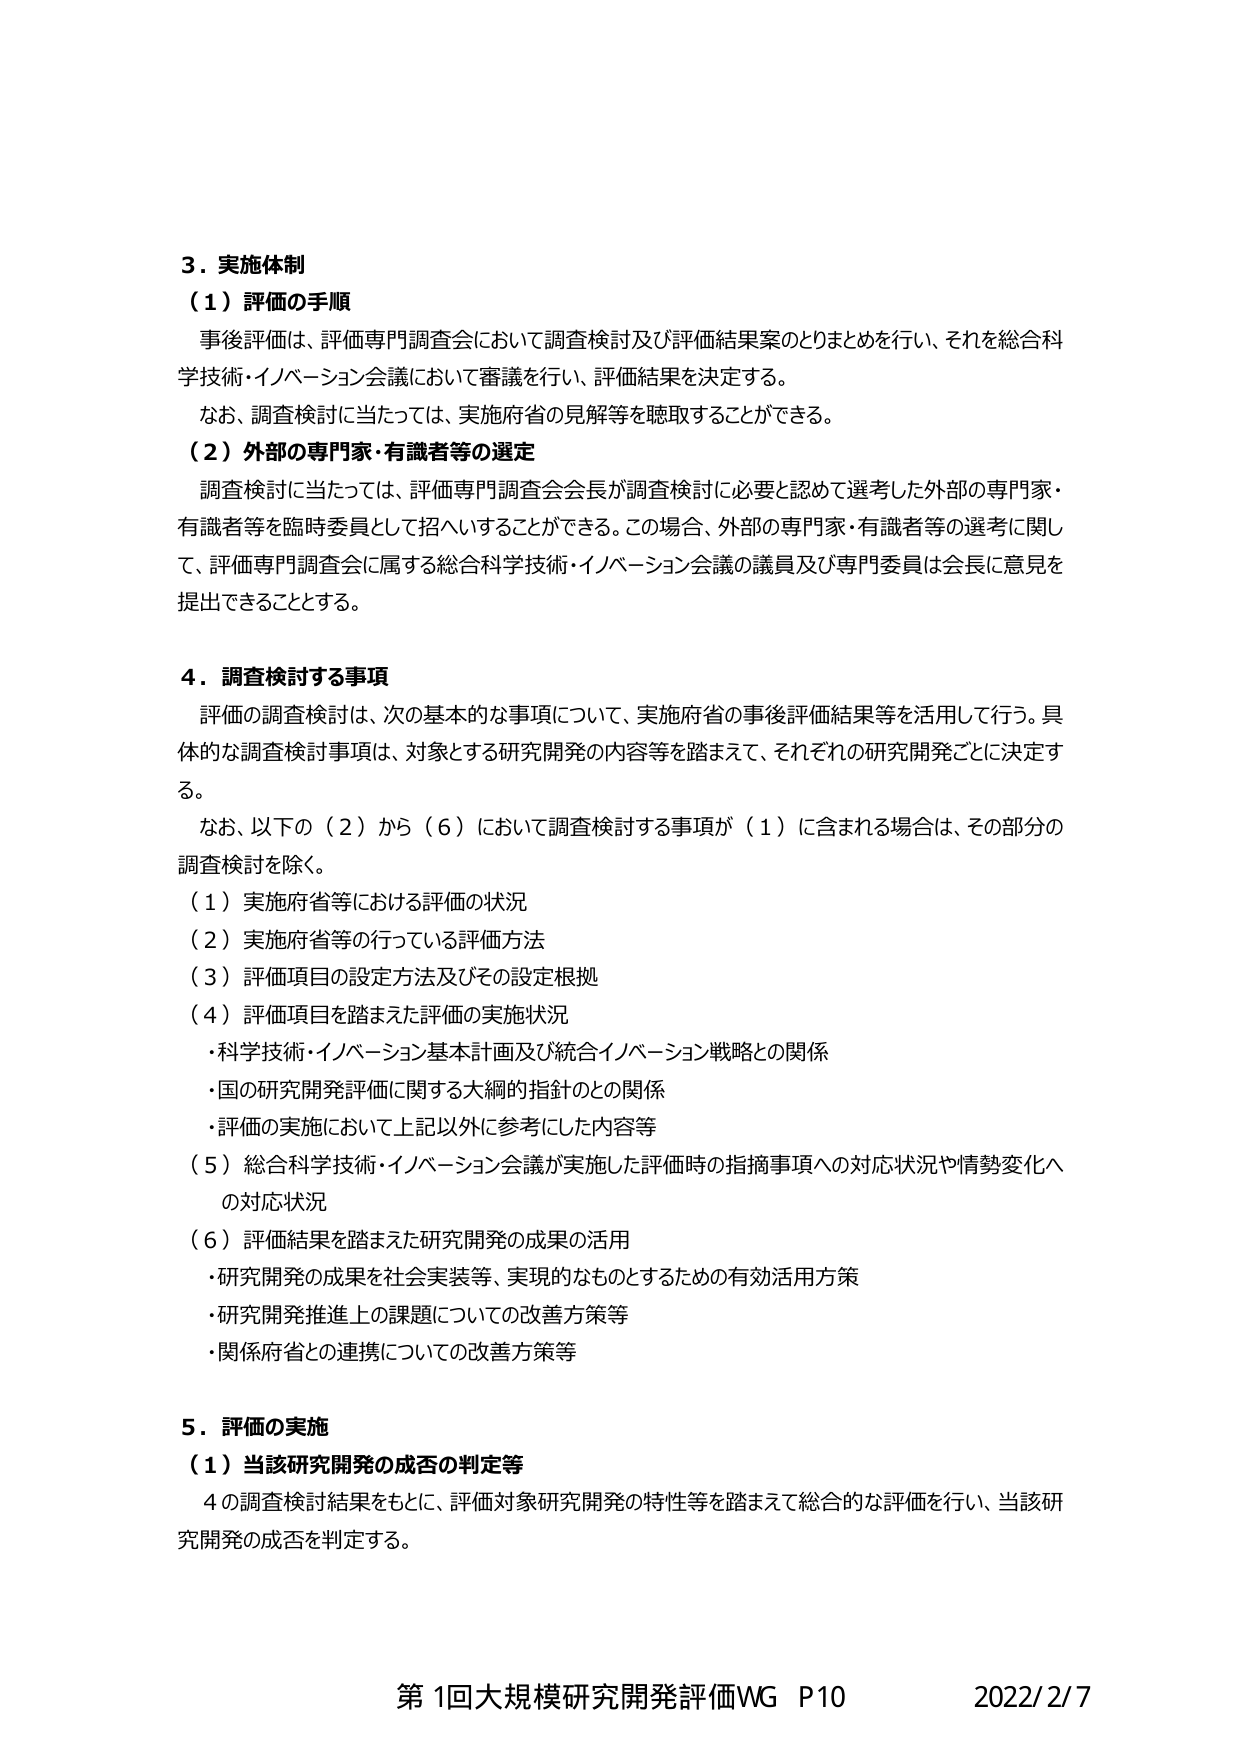
3. 実施体制
（1）評価の手順
事後評価は、評価専門調査会において調査検討及び評価結果案のとりまとめを行い、それを総合科学技術・イノベーション会議において審議を行い、評価結果を決定する。
なお、調査検討に当たっては、実施府省の見解等を聴取することができる。
（2）外部の専門家・有識者等の選定
調査検討に当たっては、評価専門調査会会長が調査検討に必要と認めて選考した外部の専門家・有識者等を臨時委員として招へいすることができる。この場合、外部の専門家・有識者等の選考に関して、評価専門調査会に属する総合科学技術・イノベーション会議の議員及び専門委員は会長に意見を提出できることとする。

4. 調査検討する事項
評価の調査検討は、次の基本的な事項について、実施府省の事後評価結果等を活用して行う。具体的な調査検討事項は、対象とする研究開発の内容等を踏まえて、それぞれの研究開発ごとに決定する。
なお、以下の（2）から（6）において調査検討する事項が（1）に含まれる場合は、その部分の調査検討を除く。
（1）実施府省等における評価の状況
（2）実施府省等の行っている評価方法
（3）評価項目の設定方法及びその設定根拠
（4）評価項目を踏まえた評価の実施状況
・科学技術・イノベーション基本計画及び統合イノベーション戦略との関係
・国の研究開発評価に関する大綱的指針との関係
・評価の実施において上記以外に参考にした内容等
（5）総合科学技術・イノベーション会議が実施した評価時の指摘事項への対応状況や情勢変化への対応状況
（6）評価結果を踏まえた研究開発の成果の活用
・研究開発の成果を社会実装等、実現的なものとするための有効活用方策
・研究開発推進上の課題についての改善方策等
・関係府省との連携についての改善方策等

5. 評価の実施
（1）当該研究開発の成否の判定等
4の調査検討結果をもとに、評価対象研究開発の特性等を踏まえて総合的な評価を行い、当該研究開発の成否を判定する。

第1回大規模研究開発評価WG P10 2022/2/7